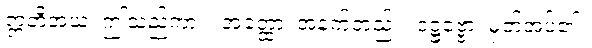
ဣတိအယံ၊ ဤသည်ကား။ အတ္ထော၊ အနက်တည်း။ ဒဋ္ဌဗ္ဗော၊ မှတ်အပ်၏။